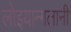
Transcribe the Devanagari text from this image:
लोइयान्गलानी